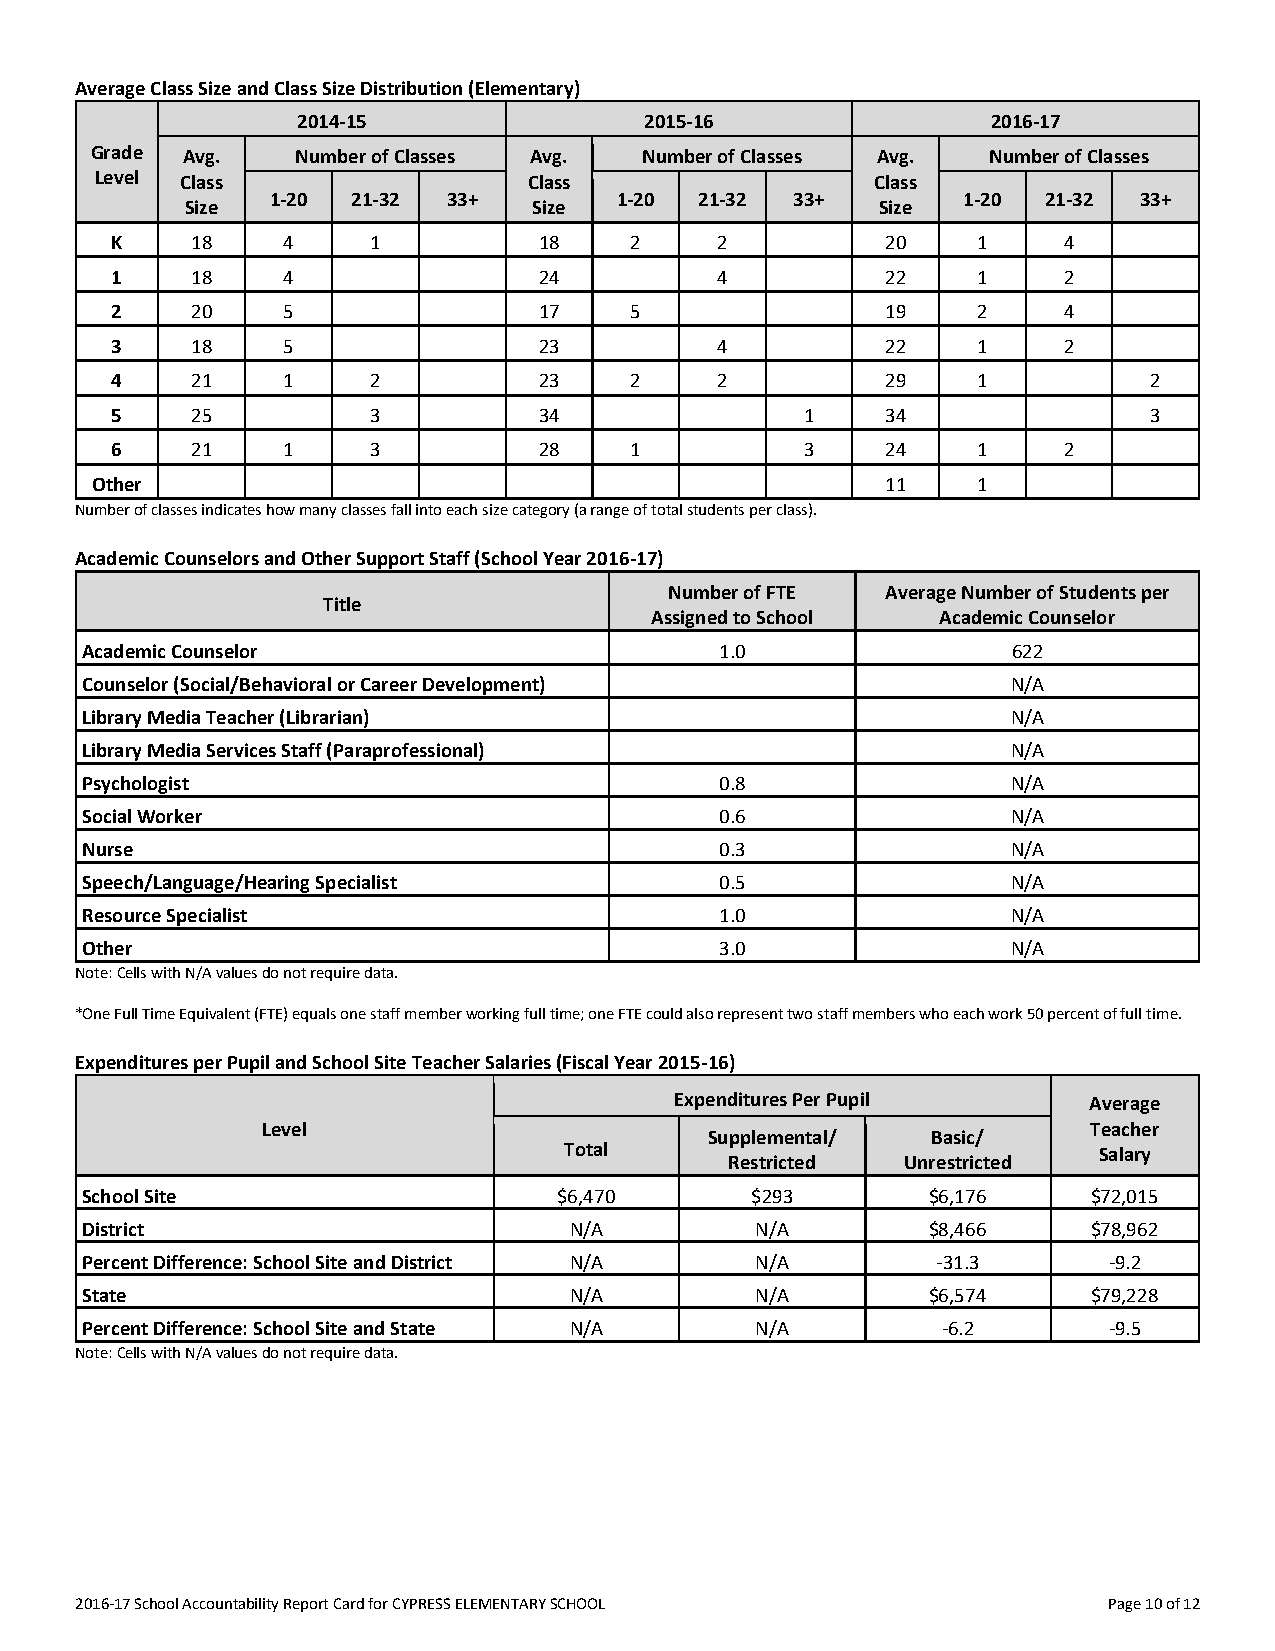
Average Class Size and Class Size Distribution (Elementary)
 2014-15                2015-16                2016-17
 Grade Avg.    Number of Classes Avg. Number of Classes Avg. Number of Classes
 Level Class                  Class                  Class
 1-20 21-32  33+        1-20 21-32  33+        1-20 21-32 33+
 Size                   Size                   Size
 K     18    4     1          18    2    2           20    1    4
 1     18    4                24         4           22    1    2
 2     20    5                17    5                19    2    4
 3     18    5                23         4           22    1    2
 4     21    1     2          23    2    2           29    1          2
 5     25          3          34               1     34               3
 6     21    1     3          28    1          3     24    1    2
 Other                                                11    1
 N umber of classes indicates how many classes fall into each size category (a range of total students per class).
 Academic Counselors and Other Support Staff (School Year 2016-17)
 Number of FTE  Average Number of Students per
 Title
 Assigned to School Academic Counselor
 Academic Counselor-------                  1.0                622
 Counselor (Social/Behavioral or Career Development)           N/A
 Library Media Teacher (Librarian)                             N/A
 Library Media Services Staff (Paraprofessional)               N/A
 Psychologist-------                        0.8                N/A
 Social Worker-------                       0.6                N/A
 Nurse-------                               0.3                N/A
 Speech/Language/Hearing Specialist         0.5                N/A
 Resource Specialist-------                 1.0                N/A
 Other-------                               3.0                N/A
 Note: Cells with N/A values do not require data.
 *One Full Time Equivalent (FTE) equals one staff member working full time; one FTE could also represent two staff members who each work 50 percent of full time.
 Expenditures per Pupil and School Site Teacher Salaries (Fiscal Year 2015-16)
 Expenditures Per Pupil     Average
 Level                                                  Teacher
 Supplemental/  Basic/
 Total                               Salary
 Restricted  Unrestricted
 School Site-------              $6,470       $293       $6,176     $72,015
 District-------                  N/A         N/A        $8,466     $78,962
 Percent Difference: School Site and District N/A N/A     -31.3      -9.2
 State-------                     N/A         N/A        $6,574     $79,228
 Percent Difference: School Site and State N/A N/A        -6.2       -9.5
 Note: Cells with N/A values do not require data.
 2016-17 School Accountability Report Card for CYPRESS ELEMENTARY SCHOOL Page 10 of 12